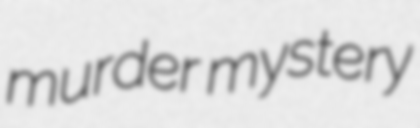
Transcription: murder mystery